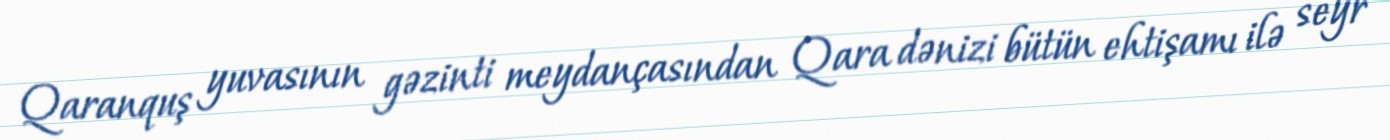
Qaranquş yuvasının gəzinti meydançasından Qara dənizi bütün ehtişamı ilə seyr